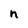
Character: n